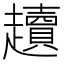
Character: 𧾥